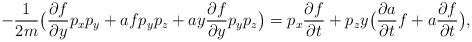
LaTeX: \begin{align*}-\frac{1}{2m}\big( \frac{\partial f}{\partial y} p_xp_y+af p_yp_z+ay\frac{\partial f}{\partial y}p_yp_z \big)=p_x \frac{\partial f}{\partial t}+p_z y\big( \frac{\partial a}{\partial t}f+a\frac{\partial f}{\partial t} \big),\end{align*}